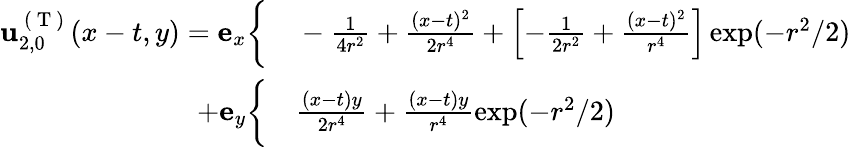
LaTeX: \begin{array}{rl}{\mathbf{u}_{2,0}^{\mathrm{~(~T~)~}}(x-t,y)=\mathbf{e}_{x}\bigg\{ }&{{}-\frac{1}{4r^{2}}+\frac{(x-t)^{2}}{2r^{4}}+\left[-\frac{1}{2r^{2}}+\frac{(x-t)^{2}}{r^{4}}\right]\exp(-r^{2}/2)}\\ {+\mathbf{e}_{y}\bigg\{ }&{{}\frac{(x-t)y}{2r^{4}}+\frac{(x-t)y}{r^{4}}\exp(-r^{2}/2)}\end{array}